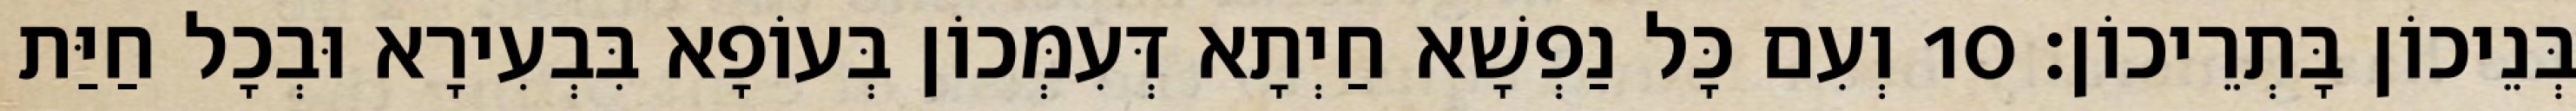
בְּנֵיכוֹן בָּתְרֵיכוֹן׃ 10 וְעִם כָּל נַפְשָׁא חַיְתָא דְּעִמְּכוֹן בְּעוֹפָא בִּבְעִירָא וּבְכָל חַיַּת